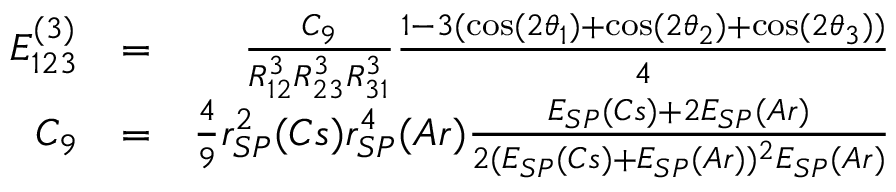
\begin{array} { r l r } { E _ { 1 2 3 } ^ { ( 3 ) } } & { = } & { \frac { C _ { 9 } } { R _ { 1 2 } ^ { 3 } R _ { 2 3 } ^ { 3 } R _ { 3 1 } ^ { 3 } } \frac { 1 - 3 ( \cos ( 2 \theta _ { 1 } ) + \cos ( 2 \theta _ { 2 } ) + \cos ( 2 \theta _ { 3 } ) ) } { 4 } } \\ { C _ { 9 } } & { = } & { \frac { 4 } { 9 } r _ { S P } ^ { 2 } ( C s ) r _ { S P } ^ { 4 } ( A r ) \frac { E _ { S P } ( C s ) + 2 E _ { S P } ( A r ) } { 2 ( E _ { S P } ( C s ) + E _ { S P } ( A r ) ) ^ { 2 } E _ { S P } ( A r ) } } \end{array}